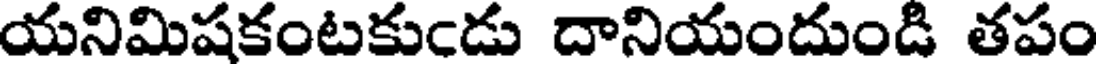
యనిమిషకంటకుండు దానియందుండి తపం